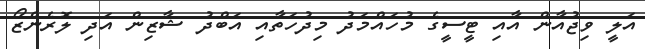
އަލީ ވިޖުއާން އާއި ޓީސީގެ މުހައްމަދު މިދުހަތާއި އަބްދު ޝާޒިން އަދި ލޮރެންޒޯ